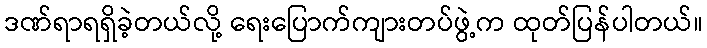
ဒဏ်ရာရရှိခဲ့တယ်လို့ ရေးပြောက်ကျားတပ်ဖွဲ့က ထုတ်ပြန်ပါတယ်။